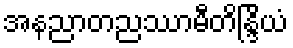
အနညာတညဿာမီတိန္ဒြိယံ